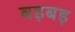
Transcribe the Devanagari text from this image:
बड़बड़